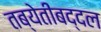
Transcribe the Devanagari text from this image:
तब्येतीबद्दल